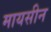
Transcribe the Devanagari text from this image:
मायसीन